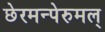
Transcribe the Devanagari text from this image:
छेरमन्पेरुमल्